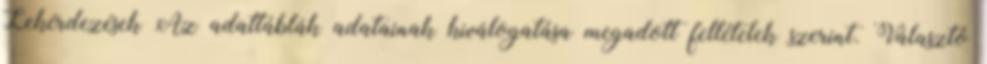
Lekérdezések Az adattáblák adatainak kiválogatása megadott feltételek szerint. Választó